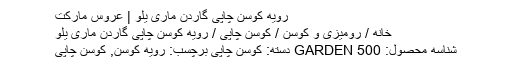
رویه کوسن چاپی گاردن ماری یلو | عروس مارکت
خانه / رومیزی و کوسن / کوسن چاپی / رویه کوسن چاپی گاردن ماری یلو
شناسه محصول: GARDEN 500 دسته: کوسن چاپی برچسب: رویه کوسن, کوسن چاپی